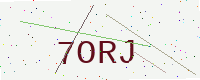
Text: 7ORJ